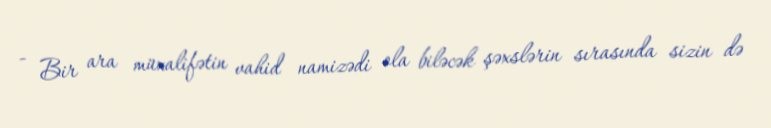
- Bir ara müxalifətin vahid namizədi ola biləcək şəxslərin sırasında sizin də